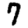
Digit: 7